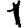
Digit: 1